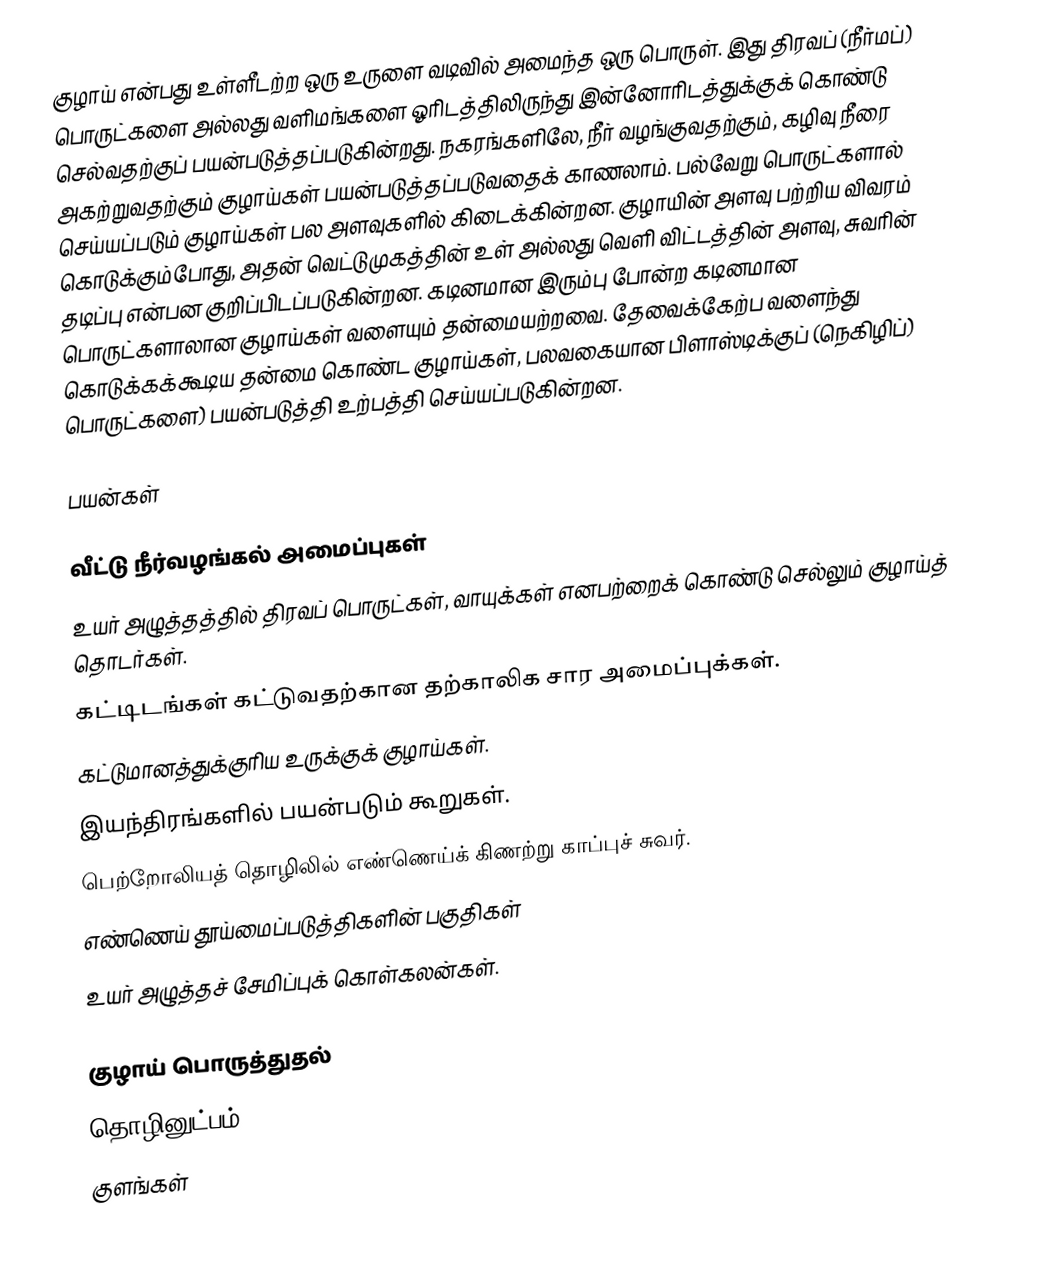
குழாய் என்பது உள்ளீடற்ற ஒரு உருளை வடிவில் அமைந்த ஒரு பொருள். இது திரவப் (நீர்மப்) பொருட்களை அல்லது வளிமங்களை ஓரிடத்திலிருந்து இன்னோரிடத்துக்குக் கொண்டு செல்வதற்குப் பயன்படுத்தப்படுகின்றது. நகரங்களிலே, நீர் வழங்குவதற்கும், கழிவு நீரை அகற்றுவதற்கும் குழாய்கள் பயன்படுத்தப்படுவதைக் காணலாம். பல்வேறு பொருட்களால் செய்யப்படும் குழாய்கள் பல அளவுகளில் கிடைக்கின்றன. குழாயின் அளவு பற்றிய விவரம் கொடுக்கும்போது, அதன் வெட்டுமுகத்தின் உள் அல்லது வெளி விட்டத்தின் அளவு, சுவரின் தடிப்பு என்பன குறிப்பிடப்படுகின்றன. கடினமான இரும்பு போன்ற கடினமான பொருட்களாலான குழாய்கள் வளையும் தன்மையற்றவை. தேவைக்கேற்ப வளைந்து கொடுக்கக்கூடிய தன்மை கொண்ட குழாய்கள், பலவகையான பிளாஸ்டிக்குப் (நெகிழிப்) பொருட்களை) பயன்படுத்தி உற்பத்தி செய்யப்படுகின்றன.

பயன்கள்

 வீட்டு நீர்வழங்கல் அமைப்புகள்
 உயர் அழுத்தத்தில் திரவப் பொருட்கள், வாயுக்கள் எனபற்றைக் கொண்டு செல்லும் குழாய்த் தொடர்கள்.
 கட்டிடங்கள் கட்டுவதற்கான தற்காலிக சார அமைப்புக்கள்.
 கட்டுமானத்துக்குரிய உருக்குக் குழாய்கள்.
 இயந்திரங்களில் பயன்படும் கூறுகள்.
 பெற்றோலியத் தொழிலில் எண்ணெய்க் கிணற்று காப்புச் சுவர்.
 எண்ணெய் தூய்மைப்படுத்திகளின் பகுதிகள்
 உயர் அழுத்தச் சேமிப்புக் கொள்கலன்கள்.

குழாய் பொருத்துதல்
தொழினுட்பம்
குளங்கள்